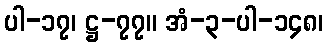
ပါ-၁၇၊ ဋ္ဌ-၇၇။ အံ-၃-ပါ-၁၄၈၊